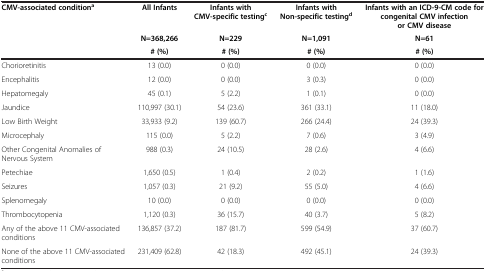
<table><thead><tr><td rowspan="3"><b>CMV-associated condition<sup>a</sup></b></td><td><b>All Infants</b></td><td><b>Infants with CMV-specific testing<sup>c</sup></b></td><td><b>Infants with Non-specific testing<sup>d</sup></b></td><td><b>Infants with an ICD-9-CM code for congenital CMV infection or CMV disease</b></td></tr><tr><td><b>N=368,266</b></td><td><b>N=229</b></td><td><b>N=1,091</b></td><td><b>N=61</b></td></tr><tr><td><b># (%)</b></td><td><b># (%)</b></td><td><b># (%)</b></td><td><b># (%)</b></td></tr></thead><tbody><tr><td>Chorioretinitis</td><td>13 (0.0)</td><td>0 (0.0)</td><td>0 (0.0)</td><td>0 (0.0)</td></tr><tr><td>Encephalitis</td><td>12 (0.0)</td><td>0 (0.0)</td><td>3 (0.3)</td><td>0 (0.0)</td></tr><tr><td>Hepatomegaly</td><td>45 (0.1)</td><td>5 (2.2)</td><td>1 (0.1)</td><td>0 (0.0)</td></tr><tr><td>Jaundice</td><td>110,997 (30.1)</td><td>54 (23.6)</td><td>361 (33.1)</td><td>11 (18.0)</td></tr><tr><td>Low Birth Weight</td><td>33,933 (9.2)</td><td>139 (60.7)</td><td>266 (24.4)</td><td>24 (39.3)</td></tr><tr><td>Microcephaly</td><td>115 (0.0)</td><td>5 (2.2)</td><td>7 (0.6)</td><td>3 (4.9)</td></tr><tr><td>Other Congenital Anomalies of Nervous System</td><td>988 (0.3)</td><td>24 (10.5)</td><td>28 (2.6)</td><td>4 (6.6)</td></tr><tr><td>Petechiae</td><td>1,650 (0.5)</td><td>1 (0.4)</td><td>2 (0.2)</td><td>1 (1.6)</td></tr><tr><td>Seizures</td><td>1,057 (0.3)</td><td>21 (9.2)</td><td>55 (5.0)</td><td>4 (6.6)</td></tr><tr><td>Splenomegaly</td><td>10 (0.0)</td><td>0 (0.0)</td><td>0 (0.0)</td><td>0 (0.0)</td></tr><tr><td>Thrombocytopenia</td><td>1,120 (0.3)</td><td>36 (15.7)</td><td>40 (3.7)</td><td>5 (8.2)</td></tr><tr><td>Any of the above 11 CMV-associated conditions</td><td>136,857 (37.2)</td><td>187 (81.7)</td><td>599 (54.9)</td><td>37 (60.7)</td></tr><tr><td>None of the above 11 CMV-associated conditions</td><td>231,409 (62.8)</td><td>42 (18.3)</td><td>492 (45.1)</td><td>24 (39.3)</td></tr></tbody></table>